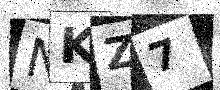
Text: NKZ7